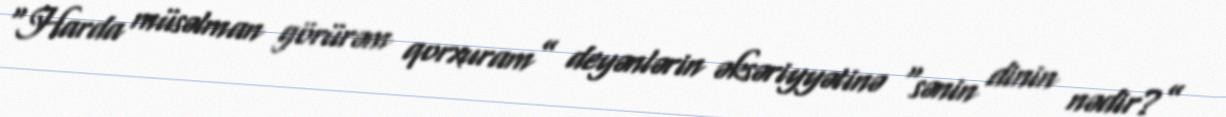
“Harda müsəlman görürəm qorxuram” deyənlərin əksəriyyətinə “sənin dinin nədir?”